Scottish Leaving Certificate Examination, 1957
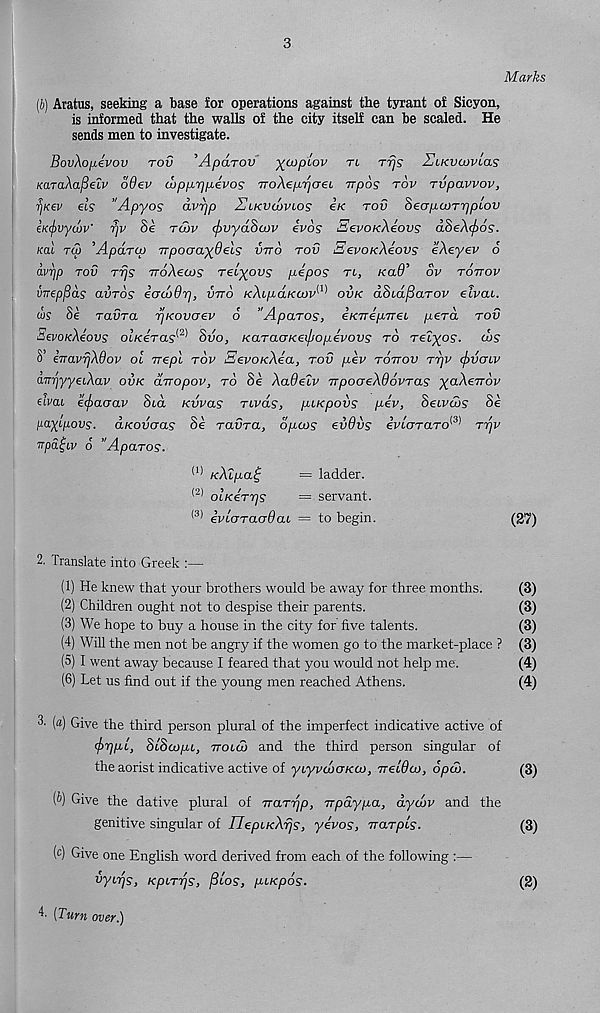
3
Marks
(b) Aratus, seeking a base for operations against the tyrant of Sicyon,
is informed that the walls of the city itself can be scaled. He
sends men to investigate.
BovXo^ivov tov ’ApaTOV -^copiov tl Trjs Elkvo}vl<is
KaraXafielv 66ev d>pp,r]p,evos TroXeprjcreL Trpos tov rvpavvov,
rjKev els "Apyos avr/p Zlkvwvlos eK rod Seop-wr^plov
h<(f>vyu)v' rjv Se tcov <f>vyd8cov evos BevoieXiovs aSeAcfios.
Kal rep ’Apdrcp Trpoaay^dels vtto tov Bevo/eAeovs eAeyev 6
avrjp tov Trjs rroAews Teiyovs p-epos tl, KaO’ ov tottov
mepfids avTOS icrcvdrj, vtto KAcpaKCOV^ ovk dSid^aTOV etvac.
w? 8e TavTa rjKovoev 6 "ApaTOS, exTrep.TreL perd tov
HevoxAeovs olxeTas 1 ' 2 ' 1 Svo, KaTacrKeifjopevovs to Telyos. d>S
3’ eTTavfjXdov oi vepl tov EevoxAea, tov pev tottov tt]v cjrvoLV
aTnjyyeLXav ovk arropov, to Se XaQelv TrpooeXdovras x a^-€7T°v
eivcu ecfiaoav Sio. Kvvas Tivds, pixpovs pev, Seivuis Se
payipovs. tiKovaas Se raura, dpcvs ev vQvs eVLOTCLTO (3) TfjV
Trpd^i lv 6 "ApaTos.
(l * xXlpa^
= ladder.
(2) OLKeTTjs
= servant.
(3) eviGTaodaL = to begin.
(27)
2. Translate into Greek :—
(1) He knew that your brothers would be away for three months.
(3)
(2) Children ought not to despise their parents.
(3)
(3) We hope to buy a house in the city for five talents.
(3)
(4) Will the men not be angry if the women go to the market-place ? (3)
(5) I went away because I feared that you would not help me.
(4)
(6) Let us find out if the young men reached Athens.
(4)
3. (a) Give the third person plural of the imperfect indicative active of
<f>r]pL, SiScopi, ttollv and the third person singular of
the aorist indicative active of yiyvaraxco, vetOa), 6pu>.
(3)
(b) Give the dative plural of TraTr/p, vpaypa, dycov and the
genitive singular of UepiKXrjs, yevos, vaTpls.
(3)
(c) Give one English word derived from each of the following :—
VyLrjS, KpLTTjS, pLOS, pLKpOS.
4. (Turn over.)
(2)